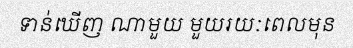
ទាន់ឃើញ ណាមួយ មួយរយៈពេលមុន